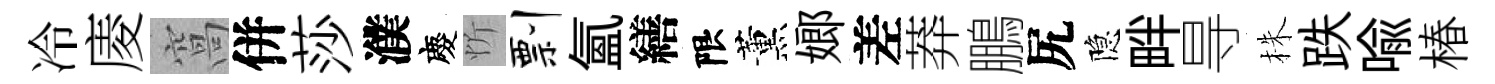
冷庱窩併莎濮慶忻剽氳繕限薰嫏差莽鵬尻隐畔㝵株跌喻椿